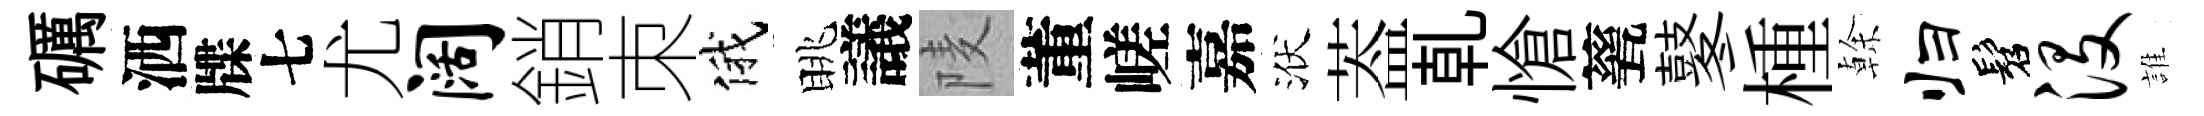
礪洒牒七尤阔銷朿俄眺議𨹧董嵯嘉洑葢乹愴甆鼕㮔𠏉归髫没誰